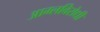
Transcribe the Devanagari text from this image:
आम्लविरोधी